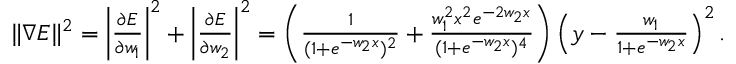
\begin{array} { r } { \| \nabla E \| ^ { 2 } = \left| \frac { \partial E } { \partial w _ { 1 } } \right| ^ { 2 } + \left| \frac { \partial E } { \partial w _ { 2 } } \right| ^ { 2 } = \left( \frac { 1 } { ( 1 + e ^ { - w _ { 2 } x } ) ^ { 2 } } + \frac { w _ { 1 } ^ { 2 } x ^ { 2 } e ^ { - 2 w _ { 2 } x } } { ( 1 + e ^ { - w _ { 2 } x } ) ^ { 4 } } \right) \left( y - \frac { w _ { 1 } } { 1 + e ^ { - w _ { 2 } x } } \right) ^ { 2 } . } \end{array}